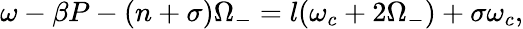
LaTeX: \omega-\beta P-(n+\sigma)\Omega_{-}=l(\omega_{c}+2\Omega_{-})+\sigma\omega_{c},